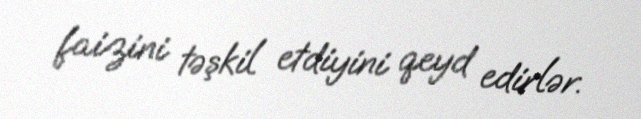
faizini təşkil etdiyini qeyd edirlər.